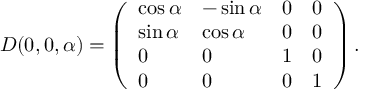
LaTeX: D ( 0 , 0 , \alpha ) = \left( \begin{array} { l l l l } { { \cos \alpha } } & { { - \sin \alpha } } & { { 0 } } & { { 0 } } \\ { { \sin \alpha } } & { { \cos \alpha } } & { { 0 } } & { { 0 } } \\ { { 0 } } & { { 0 } } & { { 1 } } & { { 0 } } \\ { { 0 } } & { { 0 } } & { { 0 } } & { { 1 } } \end{array} \right) .